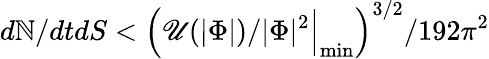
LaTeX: d\mathbb{N}/dtdS<{\Big(}\mathscr{U}(|\Phi|)/|\Phi|^{2}{\Big|}_{\operatorname*{min}}{\Big)}^{3/2}/192\pi^{2}